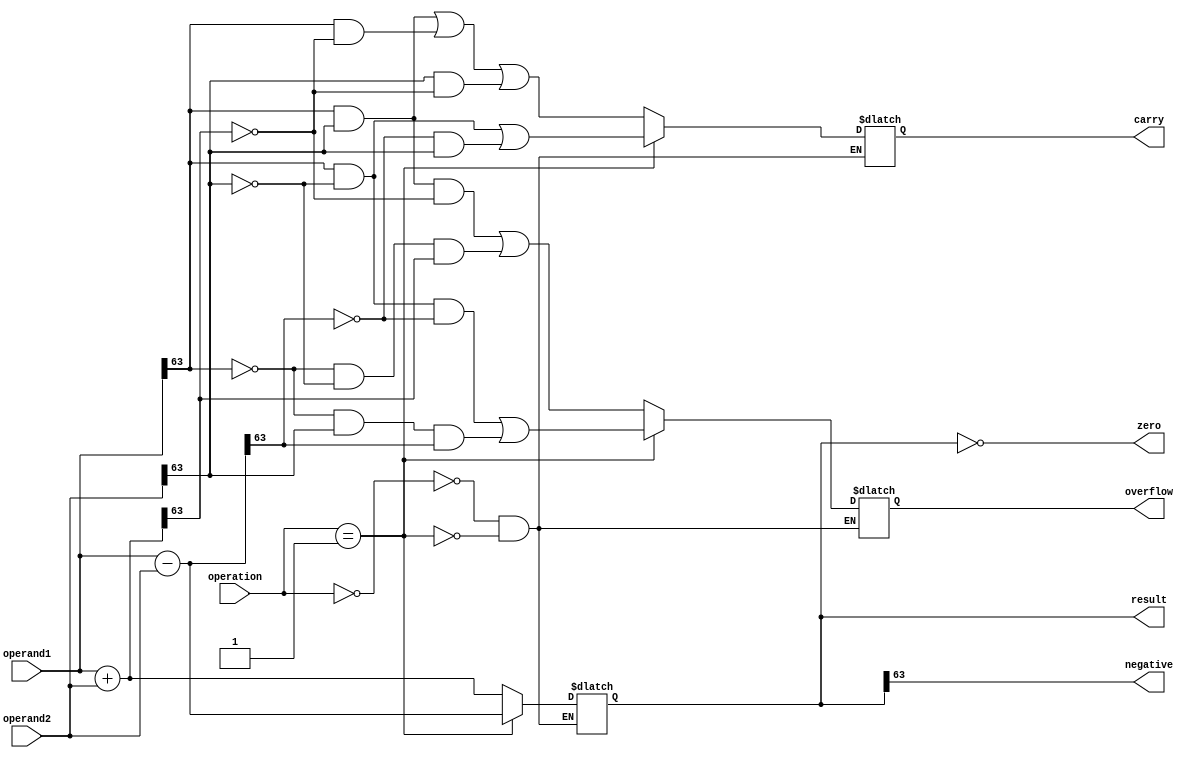
module ALU(
    input [63:0] operand1,
    input [63:0] operand2,
    input [3:0] operation, // 0: add, 1: sub, 2: mul, 3: div, 4: AND, 5: OR, 6: XOR, 7: shift left, 8: shift right, 9: logical shift right,
    output reg [63:0] result,
    output reg overflow,
    output reg carry,
    output reg zero,
    output reg negative
);

reg [63:0] temp_result;
reg [63:0] temp_carry;
reg [63:0] temp_overflow;
reg [63:0] temp_zero;
reg [63:0] temp_negative;

always @(operand1 or operand2 or operation) begin
    case(operation)
        4'b0000: begin // Addition
            temp_result = operand1 + operand2;
            temp_overflow = (operand1[63] & operand2[63] & ~temp_result[63]) | (~operand1[63] & ~operand2[63] & temp_result[63]);
            temp_carry = (operand1[63] & operand2[63]) | (operand1[63] & ~temp_result[63]) | (operand2[63] & ~temp_result[63]);
        end
        4'b0001: begin // Subtraction
            temp_result = operand1 - operand2;
            temp_overflow = (operand1[63] & ~operand2[63] & ~temp_result[63]) | (~operand1[63] & operand2[63] & temp_result[63]);
            temp_carry = (operand1[63] & ~operand2[63]) | (~temp_result[63] & operand2[63]);
        end
        // Add other operations here
    endcase
end

// Check flags
always @* begin
    carry = temp_carry[0];
    overflow = temp_overflow[0];
    zero = (temp_result == 64'h0);
    negative = temp_result[63];
end

assign result = temp_result;

endmodule